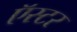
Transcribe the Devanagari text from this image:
ऍस्टर